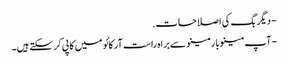
- دیگر بگ کی اصلاحات.
- آپ مینوبار مینو سے براہ راست آرکائو میں کاپی کرسکتے ہیں۔